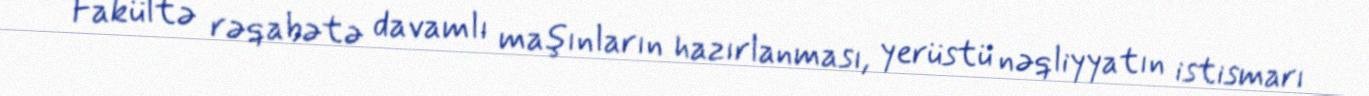
Fakültə rəqabətə davamlı maşınların hazırlanması, yerüstü nəqliyyatın istismarı